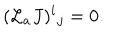
LaTeX: ( { \cal L } _ { a } J ) ^ { i } { } _ { j } = 0 .